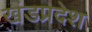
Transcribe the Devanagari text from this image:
खंडप्रदेश